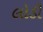
લોડી